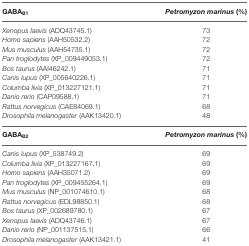
<table><thead><tr><td><b>GABA<sub>B1</sub></b></td><td><b><i>Petromyzon marinus</i> (%)</b></td></tr></thead><tbody><tr><td><i>Xenopus laevis</i> (ADQ43745.1)</td><td>73</td></tr><tr><td><i>Homo sapiens</i> (AAH50532.2)</td><td>72</td></tr><tr><td><i>Mus musculus</i> (AAH54735.1)</td><td>72</td></tr><tr><td><i>Pan troglodytes</i> (XP_009449053.1)</td><td>72</td></tr><tr><td><i>Bos taurus</i> (AAI46242.1)</td><td>71</td></tr><tr><td><i>Canis lupus</i> (XP_005640226.1)</td><td>71</td></tr><tr><td><i>Columba livia</i> (XP_013227121.1)</td><td>71</td></tr><tr><td><i>Danio rerio</i> (CAP09588.1)</td><td>71</td></tr><tr><td><i>Rattus norvegicus</i> (CAE84069.1)</td><td>68</td></tr><tr><td><i>Drosophila melanogaster</i> (AAK13420.1)</td><td>48</td></tr><tr><td>GABA<sub>B2</sub></td><td><i>Petromyzon marinus</i> (%)</td></tr><tr><td><i>Canis lupus</i> (XP_538749.2)</td><td>69</td></tr><tr><td><i>Columba livia</i> (XP_013227167.1)</td><td>69</td></tr><tr><td><i>Homo sapiens</i> (AAH35071.2)</td><td>69</td></tr><tr><td><i>Pan troglodytes</i> (XP_009455264.1)</td><td>69</td></tr><tr><td><i>Mus musculus</i> (NP_001074610.1)</td><td>68</td></tr><tr><td><i>Rattus norvegicus</i> (EDL98850.1)</td><td>68</td></tr><tr><td><i>Bos taurus</i> (XP_002689780.1)</td><td>67</td></tr><tr><td><i>Xenopus laevis</i> (ADQ43746.1)</td><td>67</td></tr><tr><td><i>Danio rerio</i> (NP_001137515.1)</td><td>66</td></tr><tr><td><i>Drosophila melanogaster</i> (AAK13421.1)</td><td>41</td></tr></tbody></table>